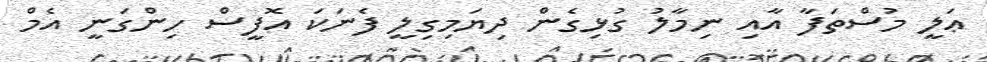
ޢަލީ މުސްތަފާ އާއި ނިމާލު ގުޅިގެން ދިޔަމިގިލީ ފެނަކަ އޮފީސް ހިންގަނީ އެމް